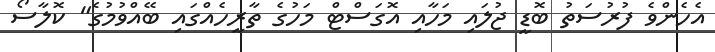
އެހެންވެ ފުރުސަތު ބޮޑީ ޖުލައި މަހާއި އޮގަސްޓް މަހުގެ ތާރީހެއްގައި ބޭއްވުމުގެ" ކޮލާސޯ